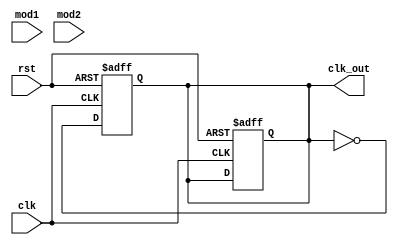
module dual_modulus_clock_divider (
    input wire clk,
    input wire rst,
    input wire [7:0] mod1,
    input wire [7:0] mod2,
    output reg clk_out
);

reg [7:0] counter;
reg [1:0] div_sel;
wire clk_sync;
reg clk_sync_reg;

always @(posedge clk or posedge rst) begin
    if (rst) begin
        div_sel <= 2'b00;
        counter <= 8'b0;
        clk_sync_reg <= 1'b0;
    end else begin
        case (div_sel)
            2'b00: begin
                if (counter == mod1) begin
                    div_sel <= 2'b01;
                    counter <= 8'b0;
                end else begin
                    counter <= counter + 1;
                end
            end
            2'b01: begin
                if (counter == mod2) begin
                    div_sel <= 2'b00;
                    counter <= 8'b0;
                end else begin
                    counter <= counter + 1;
                end
            end
        endcase
    end
end

always @(posedge clk or posedge rst) begin
    if (rst) begin
        clk_sync_reg <= 1'b0;
    end else begin
        clk_sync_reg <= ~clk_sync_reg;
    end
end

assign clk_sync = clk_sync_reg;

assign clk_out = clk_sync;

endmodule